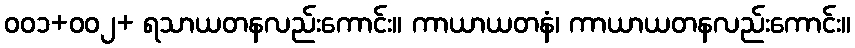
ဝဝ၁+ဝဝ၂+ ရသာယတနလည်းကောင်း။ ကာယာယတနံ၊ ကာယာယတနလည်းကောင်း။